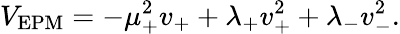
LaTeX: V_{\mathrm{EPM}}=-\mu_{+}^{2}v_{+}+\lambda_{+}v_{+}^{2}+\lambda_{-}v_{-}^{2}.